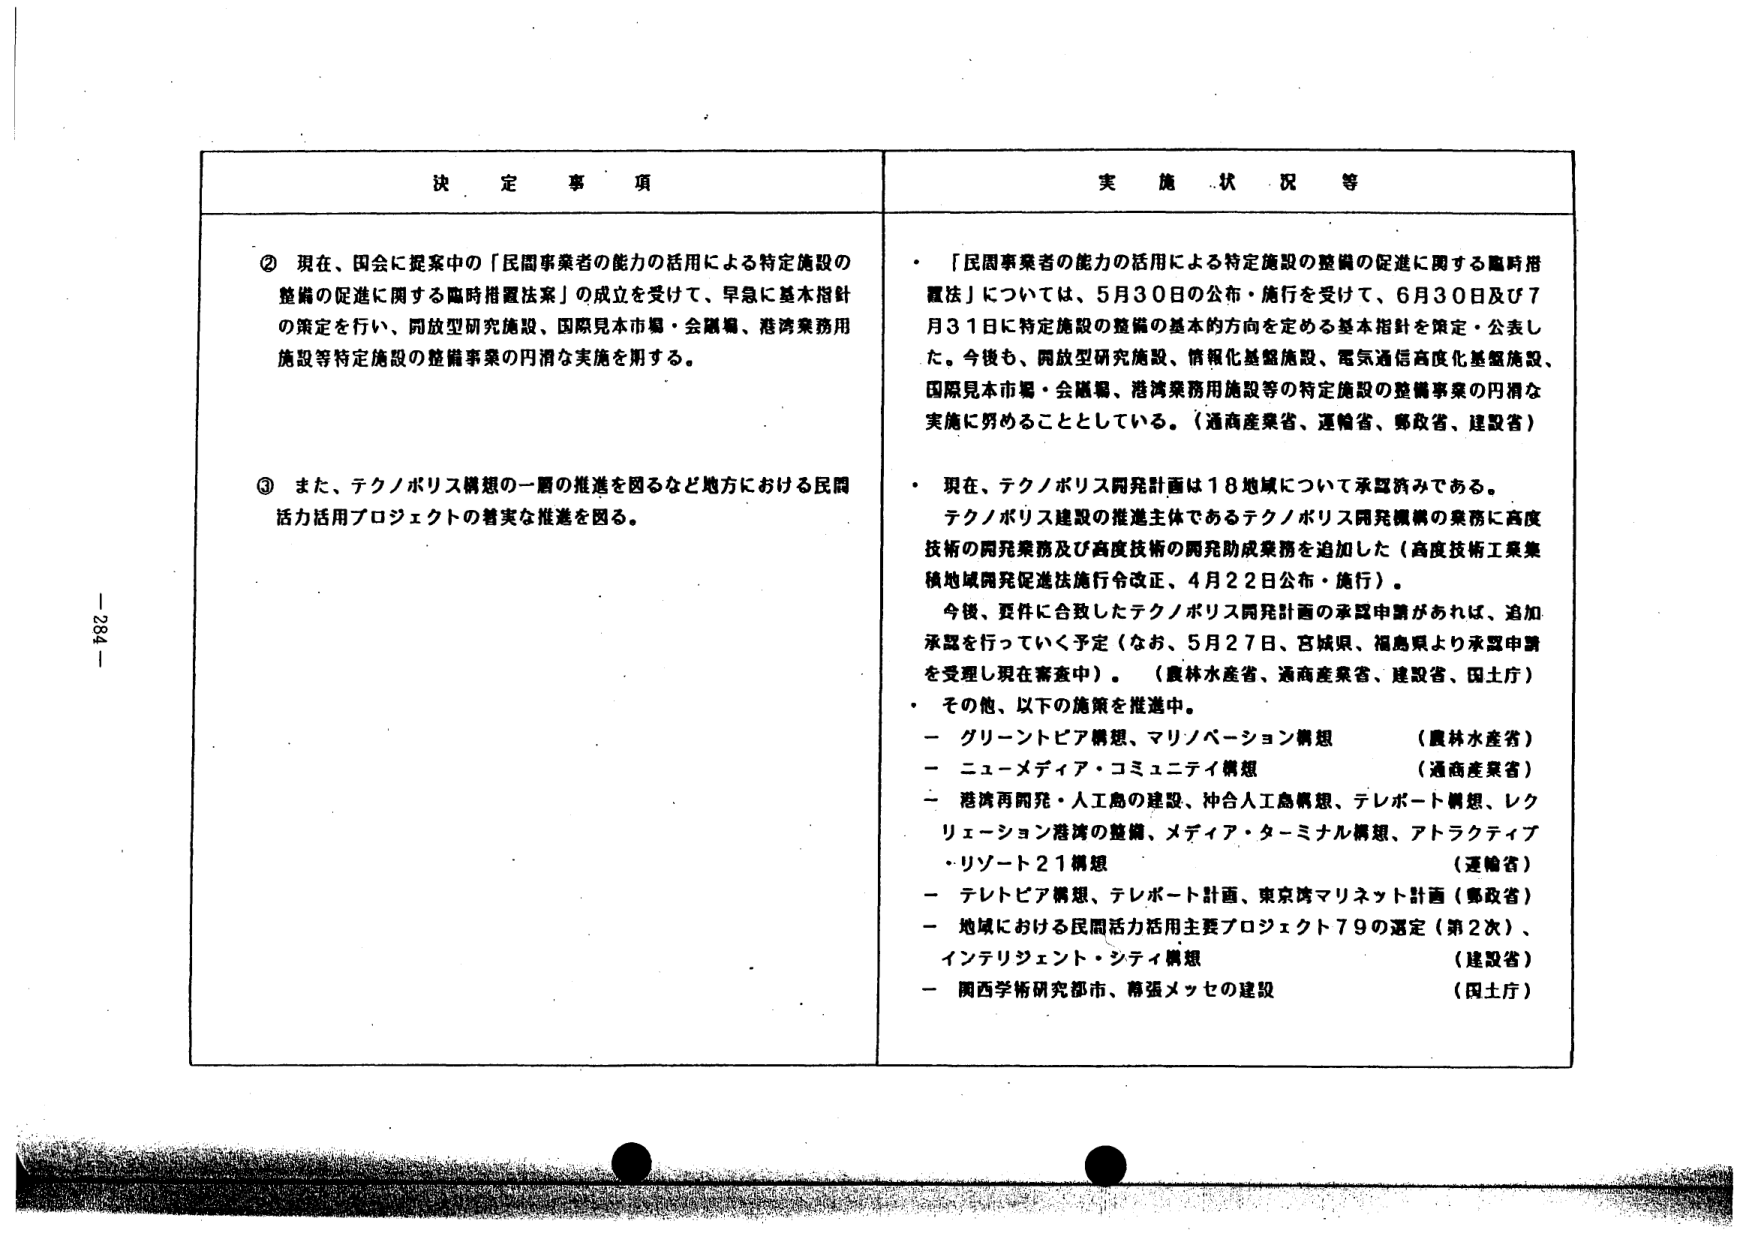
決 定 事 項

② 現在、国会に提案中の「民間事業者の能力の活用による特定施設の整備の促進に関する臨時措置法案」の成立を受けて、早急に基本指針の策定を行い、開放型研究施設、国際見本市場・会議場、港湾業務用施設等特定施設の整備事業の円滑な実施を期する。

③ また、テクノポリス構想の一層の推進を図るなど地方における民間活力活用プロジェクトの着実な推進を図る。

実 施 状 況 等

・ 「民間事業者の能力の活用による特定施設の整備の促進に関する臨時措置法」については、5月30日の公布・施行を受けて、6月30日及び7月31日に特定施設の整備の基本的方向を定める基本指針を策定・公表した。今後も、開放型研究施設、情報化基盤施設、電気通信高度化基盤施設、国際見本市場・会議場、港湾業務用施設等の特定施設の整備事業の円滑な実施に努めることとしている。（通商産業省、運輸省、郵政省、建設省）

・ 現在、テクノポリス開発計画は18地域について承認済みである。テクノポリス建設の推進主体であるテクノポリス開発機構の業務に高度技術の開発業務及び高度技術の開発助成業務を追加した（高度技術工業集積地域開発促進法施行令改正、4月22日公布・施行）。今後、要件に合致したテクノポリス開発計画の承認申請があれば、追加承認を行っていく予定（なお、5月27日、宮城県、福島県より承認申請を受理し現在審査中）。（農林水産省、通商産業省、建設省、国土庁）

・ その他、以下の施策を推進中。
　－ グリーントピア構想、マリノベーション構想　　　　　　（農林水産省）
　－ ニューメディア・コミュニティ構想　　　　　　　　　　（通商産業省）
　－ 港湾再開発・人工島の建設、沖合人工島構想、テレポート構想、レクリエーション港湾の整備、メディア・ターミナル構想、アトラクティブ・リゾート21構想　　　　　　　　　　　　　　　　　　（運輸省）
　－ テレトピア構想、テレポート計画、東京湾マリネット計画（郵政省）
　－ 地域における民間活力活用主要プロジェクト79の選定（第2次）、インテリジェント・シティ構想　　　　　　　　　　　　　　（建設省）
　－ 関西学術研究都市、幕張メッセの建設　　　　　　　　　（国土庁）

- 284 -